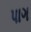
પાગ